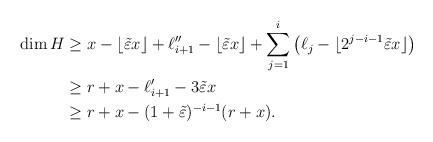
LaTeX: \begin{align*}\dim H&\geq x-\lfloor\tilde\varepsilon x\rfloor+\ell_{i+1}''-\lfloor\tilde\varepsilon x\rfloor+\sum_{j=1}^i \big(\ell_{j}-\lfloor 2^{j-i-1}\tilde \varepsilon x\rfloor\big)\\&\geq r+x-\ell_{i+1}'-3\tilde\varepsilon x\\&\geq r+x-(1+\tilde\varepsilon)^{-i-1}(r+x).\end{align*}